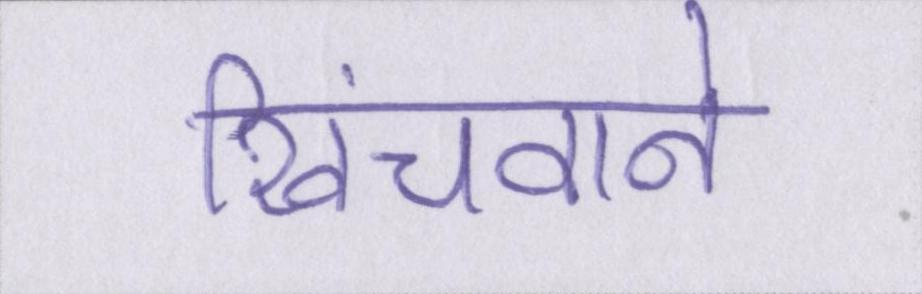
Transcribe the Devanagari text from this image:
खिंचवाने